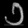
Digit: ၁